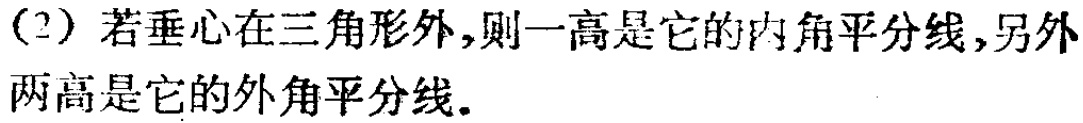
(2) 若垂心在三角形外,则一高是它的内角平分线,另外两高是它的外角平分线.